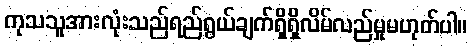
ကုသသူအားလုံးသည်ရည်ရွယ်ချက်ရှိရှိလိမ်လည်မှုမဟုတ်ပါ။